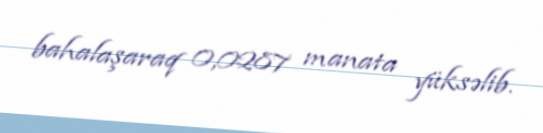
bahalaşaraq 0,0287 manata yüksəlib.